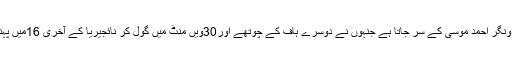
آئس لینڈ کے خلاف جیت کا سہرا ونگر احمد موسیٰ کے سر جاتا ہے جنہوں نے دوسرے ہاف کے چوتھے اور30ویں منٹ میں گول کر نائجیریا کے آخری 16میں پہنچنے کے امکانات روشن رکھے۔